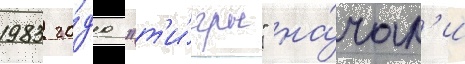
1983 го́да "т'и́гры" на́чал'и